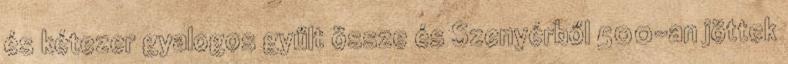
és kétezer gyalogos gyűlt össze és Szenyérből 500-an jöttek